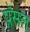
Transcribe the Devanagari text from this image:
प्रॅसल